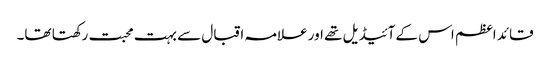
قائد اعظم اس کے آئیڈیل تھے اور علامہ اقبال سے بہت محبت رکھتا تھا۔